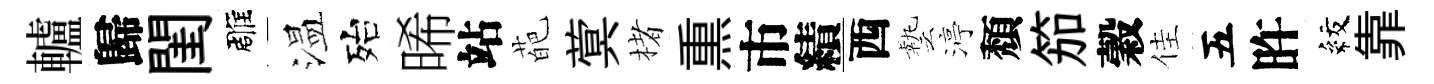
轤歸閨雕温殆晞站葩蓂楮𤋱市績西藝渟頽笳穀佳五旿紋靠